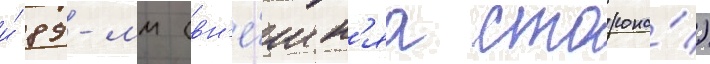
и́ 89-мм (вн'е́шн'яа сторона́)